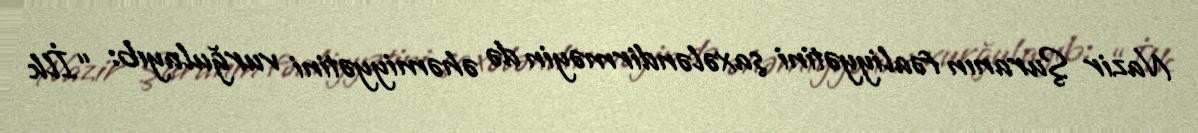
Nazir Şuranın fəaliyyətini şaxələndirməyin də əhəmiyyətini vurğulayıb: “İlk